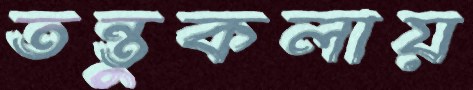
তন্তুকলায়